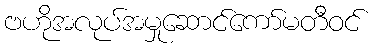
ဗဟိုအလုပ်အမှုဆောင်ကော်မတီဝင်